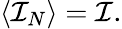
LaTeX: \langle{\cal I}_{N}\rangle={\cal I}.